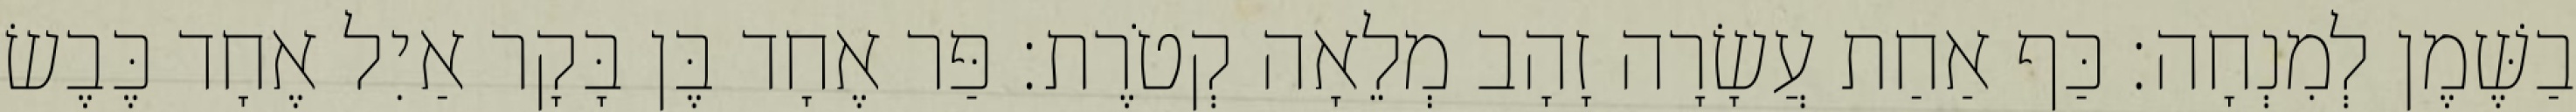
בַשֶּׁמֶן לְמִנְחָה׃ כַּף אַחַת עֲשָׂרָה זָהָב מְלֵאָה קְטֹרֶת׃ פַּר אֶחָד בֶּן בָּקָר אַיִל אֶחָד כֶּבֶשׂ